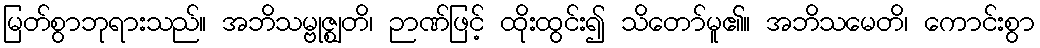
မြတ်စွာဘုရားသည်။ အဘိသမ္ဗုဇ္ဈတိ၊ ဉာဏ်ဖြင့် ထိုးထွင်း၍ သိတော်မူ၏။ အဘိသမေတိ၊ ကောင်းစွာ